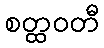
စတ္ထဝတီ